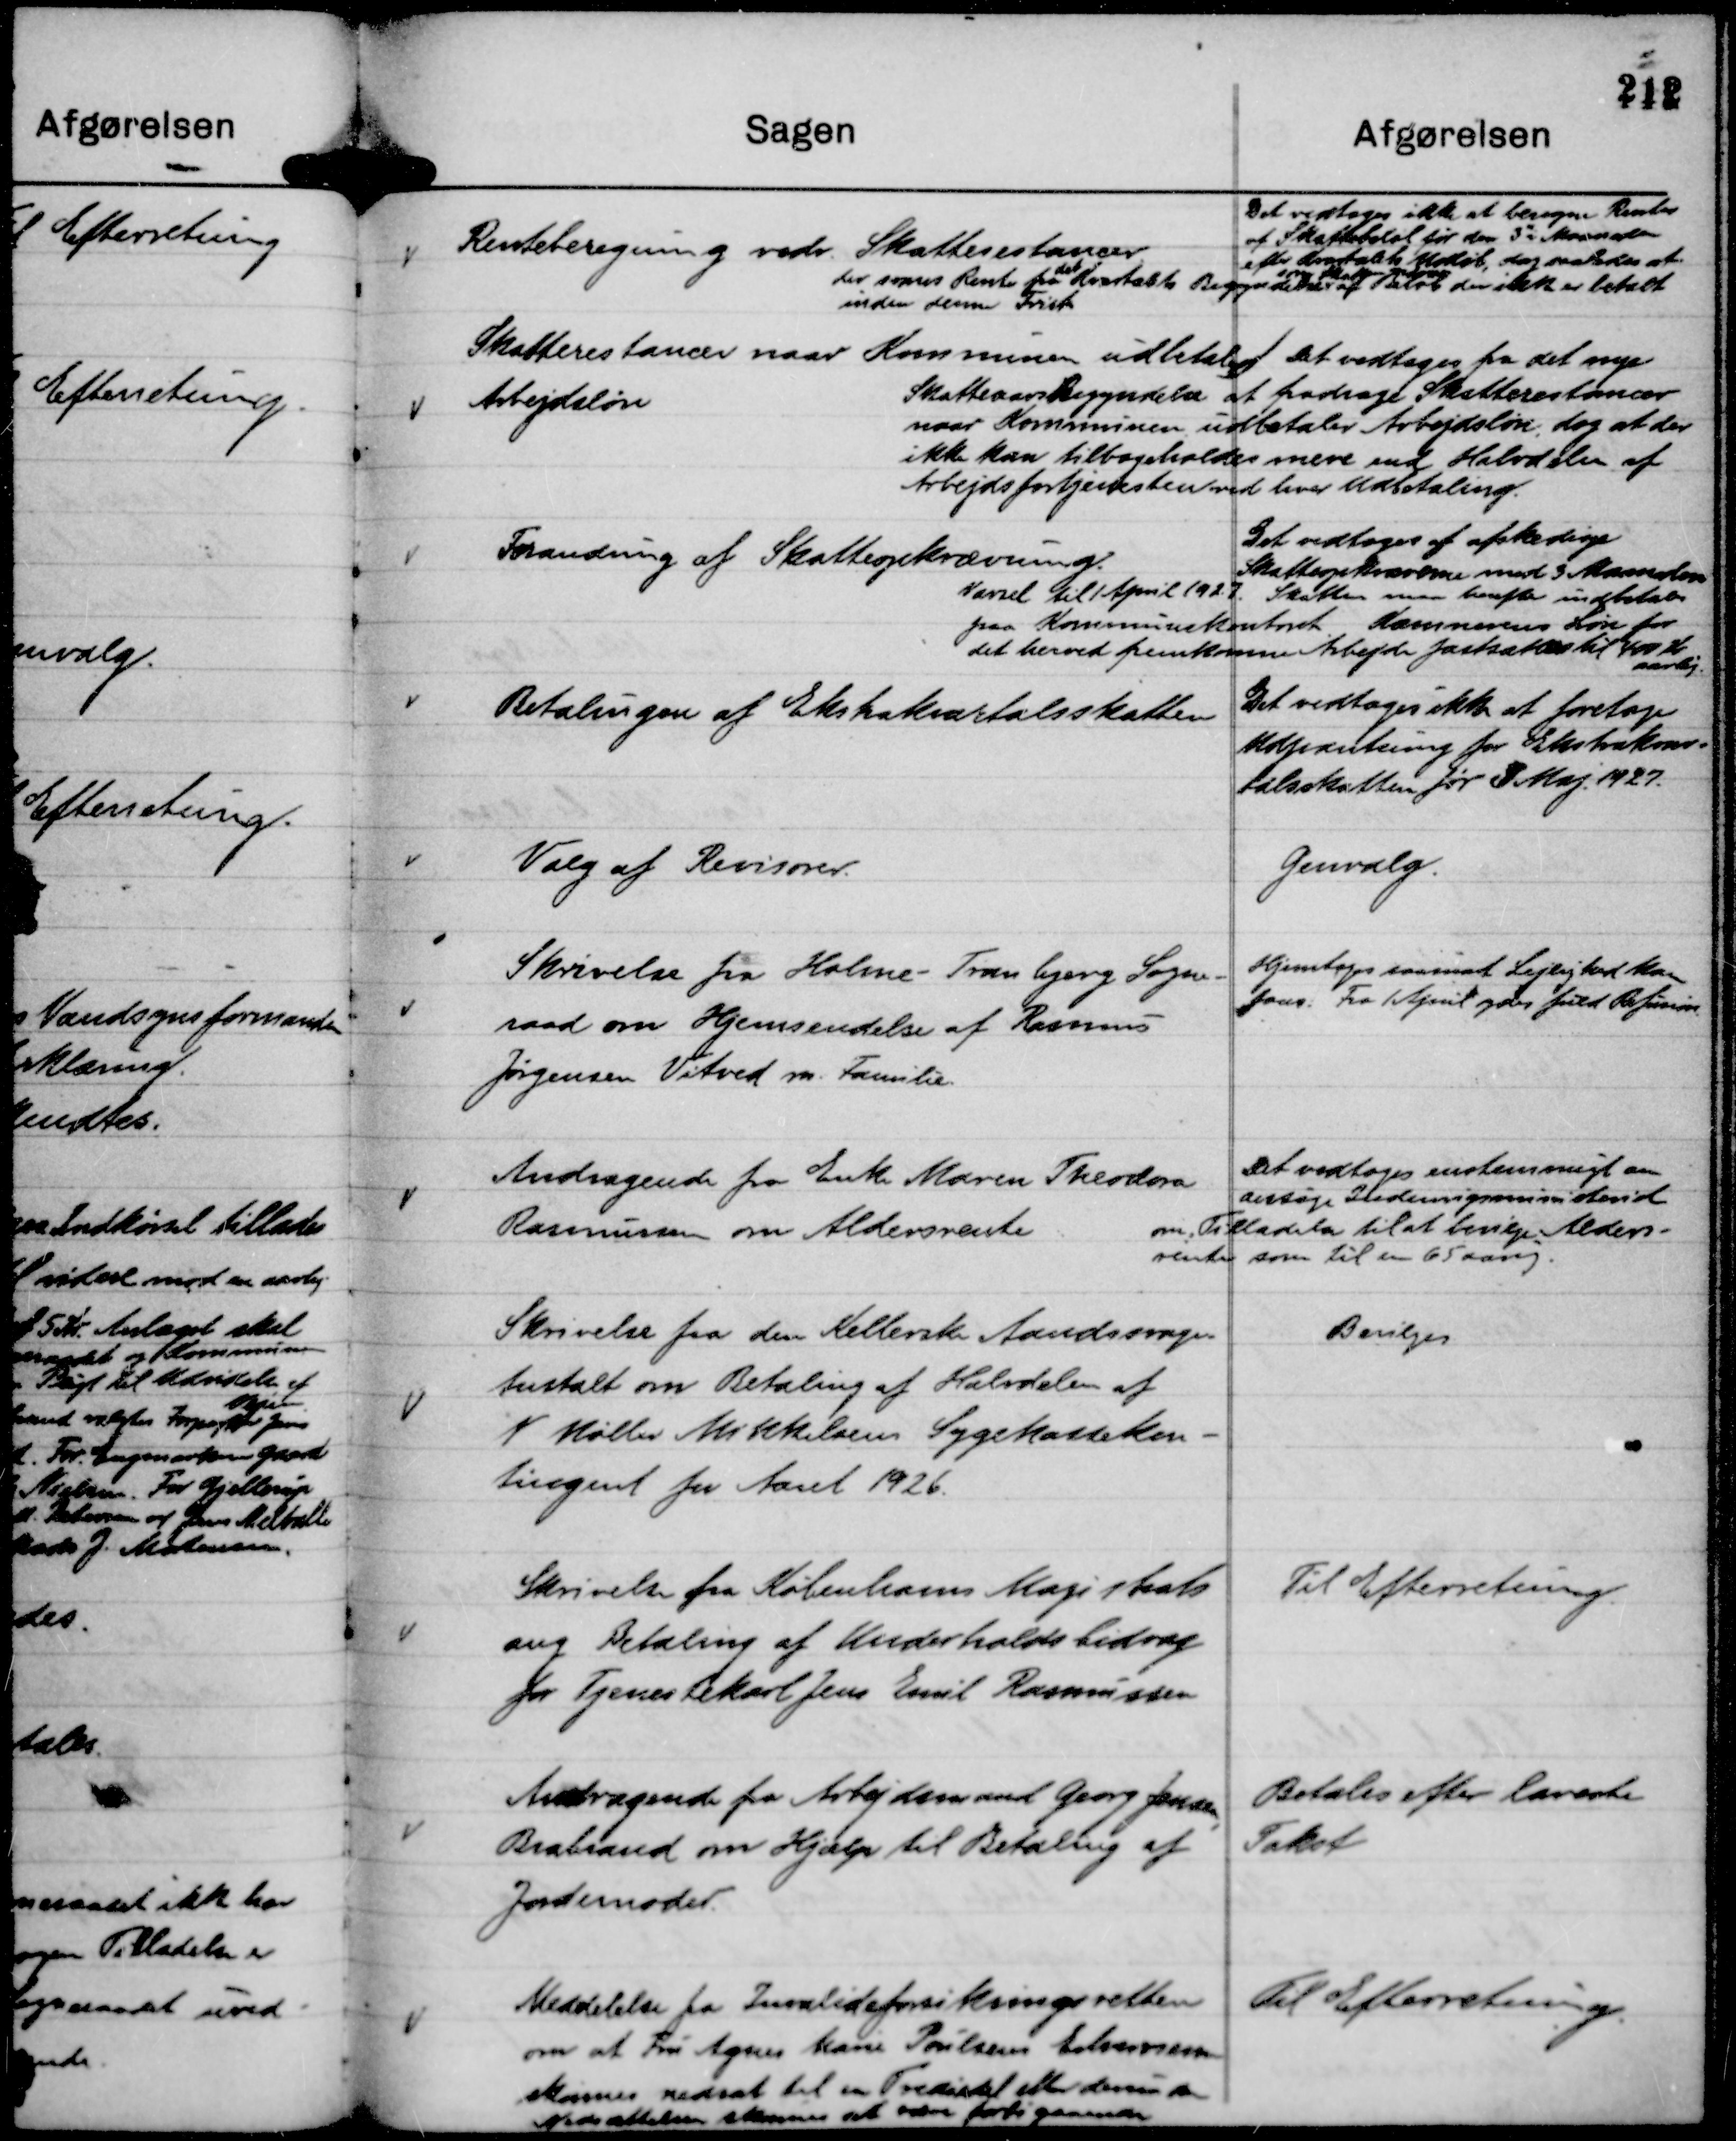
Transskription:
Renteberegning vedr. Skatterestancer.

Det vedtages ikke at beregne Renter
af Skattebeløb før den 3de i Maaneden
efter Kvartalets Udløb, dog saaledes at
der svares Renter fra det Kvartals Begyndelse
som Skatten opkræves
af Beløb der ikke er betalt
inden denne Frist

Skatterestancer naar Kommunen udbetaler
Arbejdsløn

Det vedtages fra det nye
Skatteaars Begyndelse at fradrage Skatterestancer
naar Kommunen udbetaler Arbejdsløn, dog at der
ikke kan tilbageholdes mere end Halvdelen af
Arbejdsfortjenesten ved hver Udbetaling.

Forandring af Skatteopkrævning

Det vedtoges af afskedige
Skatteopkræverne med 3 Maaneders
Varsel til 1 April 1927. Skatten maa herefter indbetales
paa Kommunekontoret. Kæmnerens Løn for
det herved fremkomne Arbejde fastsættes til 400 Kr
aarlig.

Betalingen af Ekstrakvartalsskatten

Det vedtoges ikke at foretage
Udpantning for Ekstrakvar-
talsskatten før 3 Maj. 1927.

Valg af Revisorer.

Genvalg.

Skrivelse fra Holme - Tranbjerg Sogne-
raad om Hjemsendelse af Rasmus
Jørgensen Vitved m. Familie.

Hjemtages saasnart Lejlighed kan
faas. Fra 1 April ydes fuld Refusion.

Andragende fra Enke Maren Theodora
Rasmussen om Aldersrente

Det vedtoges enstemmigt en
ansøge Indenrigsministeriet
om Tilladelse til at bevilge Alders-
rente som til en 65 aarig.

Skrivelse fra den Kellerske Aandssvage-
Anstalt om Betaling af Halvdelen af
N Møller Mikkelsens Sygekassekon-
tingent for Aaret 1926.

Bevilges.

Skrivelse fra Københavns Magistrats
ang Betaling af Underholdsbidrag
for Tjenestekarl Jens Emil Rasmussen

Til Efterretning.

Andragende fra Arbejdsmand Georg Jensen,
Brabrand om Hjælp til Betaling af
Jordemoder.

Betales efter laveste
Takst

Meddelelse fra Invalideforsikringsretten
om at Fru Agnes Marie Poulsens Erhvervsevne
skønnes nedsat til en Trediedel eller derunder
Nedsættelsen skønnes at være forbigaaende

Til Efterretning.